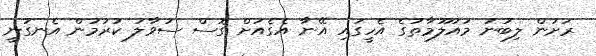
ރަށުން ލިބުނު މައުލޫމާތުގެ އެހީގައި އޭނާ އެގެއަށް ގޮސް ސުވާލު ކުރުމުން އެނގުނީ